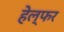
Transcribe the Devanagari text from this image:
हेल्फर